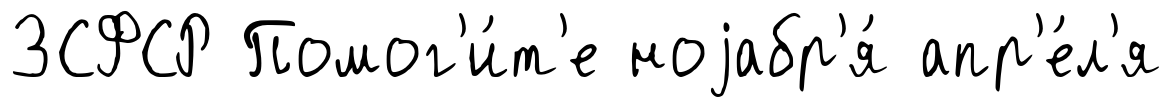
ЗСФСР Помог'и́т'е ноjабр'я́ апр'е́л'я